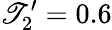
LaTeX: \mathscr{T}_{2}^{\prime}=0.6